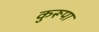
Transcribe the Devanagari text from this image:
कुरूपा